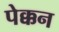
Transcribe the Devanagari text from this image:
पेक्कन